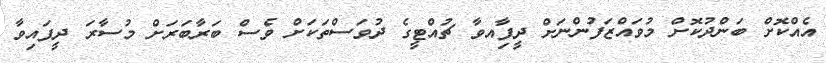
އެއްކޮށް ބަންދުކޮށް މުވައްޒަފުންނަށް ދީފާިއވާ ޗުއްޓީގެ ދުވަސްތަކަށް ވެސް ބަރާބަރަށް މުސާރަ ދީފައިވާ